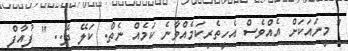
" މީނައަކަށް އެއްވެސް އެހީތެރިކަމެއްވާނެ ކަމެއް ނެތް. ކަލޭ ދޭ.. " ފުއާފް